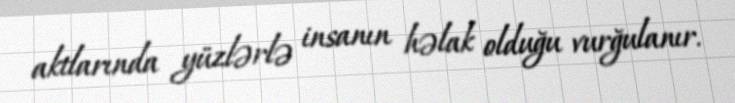
aktlarında yüzlərlə insanın həlak olduğu vurğulanır.